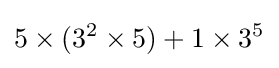
5\times (3^{2}\times 5)+1\times 3^{5}